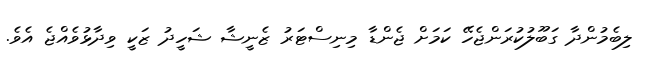
ލިބެމުންދާ ގަބޫލުކުރަންޖެހޭ ކަމަށް ޖެންޑާ މިނިސްޓަރު ޒެނީޝާ ޝަހީދު ޒަކީ ވިދާޅުވެއްޖެ އެވެ.